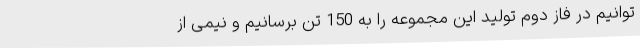
توانیم در فاز دوم تولید این مجموعه را به 150 تن برسانیم و نیمی از